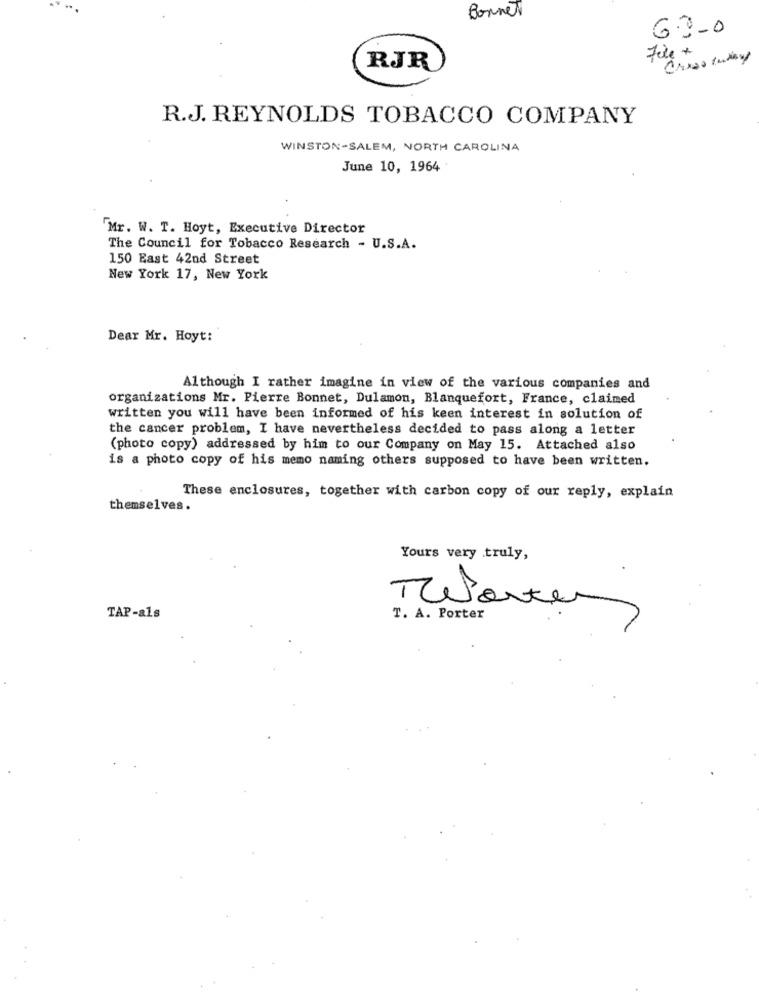
Bonnet
6.3-0
File +
Cross Inday
RJR
R.J. REYNOLDS TOBACCO COMPANY
WINSTON-SALEM, NORTH CAROLINA
June 10, 1964
Mr. W. T. Hoyt, Executive Director
The Council for Tobacco Research - U.S.A.
150 East 42nd Street
New York 17, New York
Dear Mr. Hoyt:
Although I rather imagine in view of the various companies and
organizations Mr. Pierre Bonnet, Dulamon, Blanquefort, France, claimed
written you will have been informed of his keen interest in solution of
the cancer problem, I have nevertheless decided to pass along a letter
(photo copy) addressed by him to our Company on May 15. Attached also
is a photo copy of his memo naming others supposed to have been written.
These enclosures, together with carbon copy of our reply, explain
themselves.
Yours very truly,
Warten
TAP-als
T. A. Porter